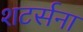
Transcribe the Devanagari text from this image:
शटर्सना